Vaccination in Bombay 1869-1873 - 1869-1873
Year: 1869
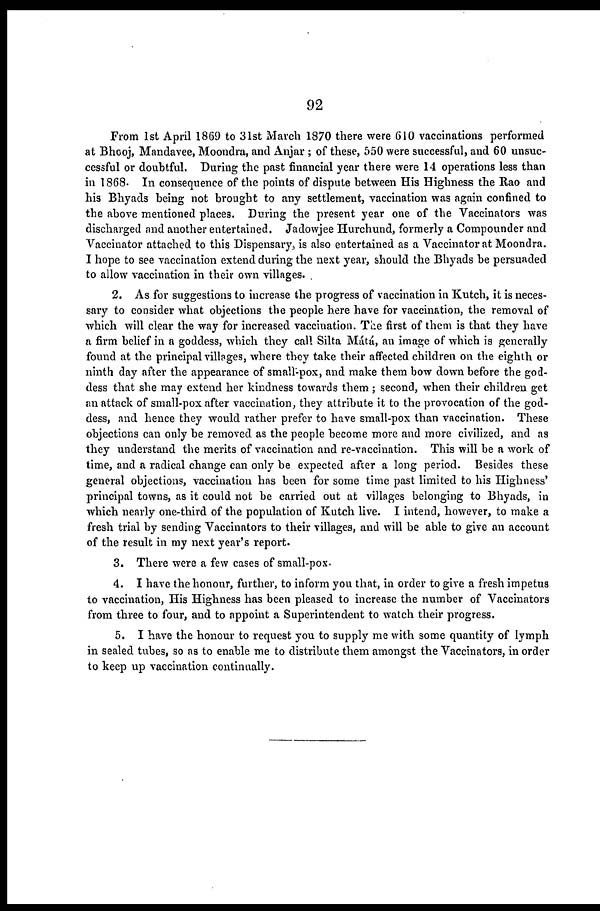
92
From 1st April 1869 to 31st March 1870 there were 610 vaccinations performed
at Bhooj, Mandavee, Moondra, and Anjar ; of these, 550 were successful, and 60 unsuc-
cessful or doubtful. During the past financial year there were 14 operations less than
in 1868. In consequence of the points of dispute between His Highness the Rao and
his Bhyads being not brought to any settlement, vaccination was again confined to
the above mentioned places. During the present year one of the Vaccinators was
discharged and another entertained. Jadowjee Hurchund, formerly a Compounder and
Vaccinator attached to this Dispensary, is also entertained as a Vaccinator at Moondra.
I hope to see vaccination extend during the next year, should the Bhyads be persuaded
to allow vaccination in their own villages.
2. As for suggestions to increase the progress of vaccination in Kutch, it is neces-
sary to consider what objections the people here have for vaccination, the removal of
which will clear the way for increased vaccination. The first of them is that they have
a firm belief in a goddess, which they call Silta Mátá, an image of which is generally
found at the principal villages, where they take their affected children on the eighth or
ninth day after the appearance of small-pox, and make them bow down before the god-
dess that she may extend her kindness towards them; second, when their children get
an attack of small-pox after vaccination, they attribute it to the provocation of the god-
dess, and hence they would rather prefer to have small-pox than vaccination. These
objections can only be removed as the people become more and more civilized, and as
they understand the merits of vaccination and re-vaccination. This will be a work of
time, and a radical change can only be expected after a long period. Besides these
general objections, vaccination has been for some time past limited to his Highness'
principal towns, as it could not be carried out at villages belonging to Bhyads, in
which nearly one-third of the population of Kutch live. I intend, however, to make a
fresh trial by sending Vaccinators to their villages, and will be able to give an account
of the result in my next year's report.
3. There were a few cases of small-pox.
4. I have the honour, further, to inform you that, in order to give a fresh impetus
to vaccination, His Highness has been pleased to increase the number of Vaccinators
from three to four, and to appoint a Superintendent to watch their progress.
5. I have the honour to request you to supply me with some quantity of lymph
in sealed tubes, so as to enable me to distribute them amongst the Vaccinators, in order
to keep up vaccination continually.